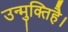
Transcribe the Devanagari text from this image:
उन्मुक्तिहै।